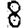
Digit: 8